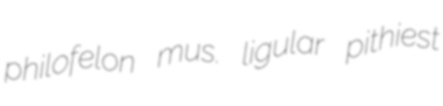
philofelon mus. ligular pithiest